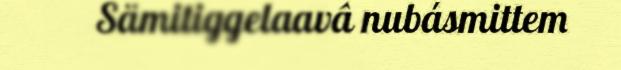
Sämitiggelaavâ nubásmittem